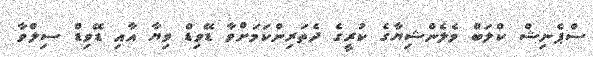
ސްޕެނިޝް ކްލަބް ވެލެންޝިޔާގެ ކުރީގެ ދެތަރިންކަމަށްވާ ޑޭވިޑް ވިޔާ އާއި ޑޭވިޑް ސިލްވާ